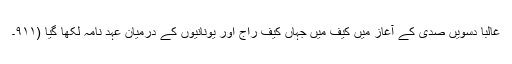
غالباً دسویں صدی کے آغاز میں کیف میں جہاں کیف راج اور یونانیوں کے درمیان عہد نامہ لکھا گیا (۹۱۱۔